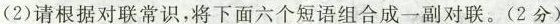
(2)请根据对联常识，将下面六个短语组合成一副对联。(2分)